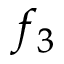
f _ { 3 }